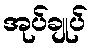
အုပ်ချုပ်